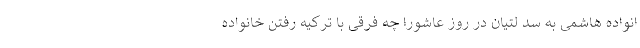
انواده هاشمی به سد لتیان در روز عاشورا چه فرقی با ترکیه رفتن خانواده